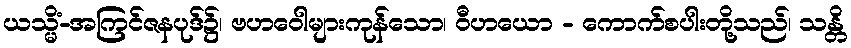
ယသ္မိံ-အကြင်ဇနပုဒ်၌၊ ဗဟဝေါများကုန်သော၊ ဝီဟယော - ကောက်စပါးတို့သည်၊ သန္တိ